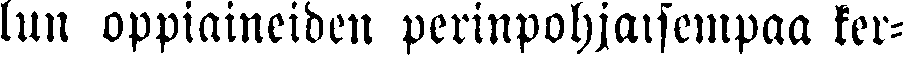
lun oppiaineiden perinpohjmsempaa ker-